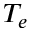
T _ { e }